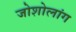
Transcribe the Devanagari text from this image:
जोशोलांग